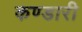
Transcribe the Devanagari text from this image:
कण्डारी